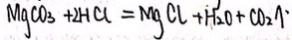
M g C O _ { 3 } + 2 H C l = M g C l + H _ { 2 } O + C O _ { 2 } \uparrow